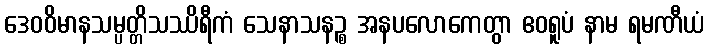
ဒေဝဝိမာနသမ္ပတ္တိသဿိရီကံ သေနာသနဉ္စ အနပလောကေတွာ ဧဝရူပံ နာမ ရမဏီယံ